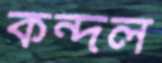
কন্দল